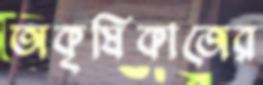
অকৃষিকাজের